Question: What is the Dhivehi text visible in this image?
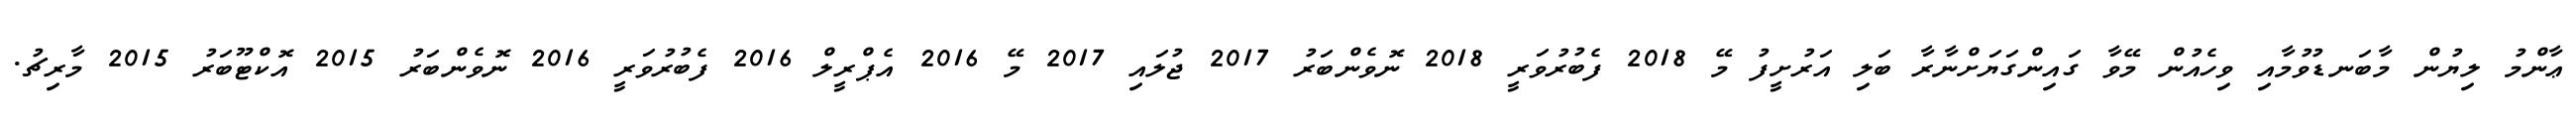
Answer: ޢާންމު ލިޔުން މާބަނޑުވުމާއި ވިހެއުން މޭވާ ގައިންގަޔަށްނާރާ ބަލި އަރުށީފު މޭ 2018 ފެބުރުވަރީ 2018 ނޮވެންބަރު 2017 ޖުލައި 2017 މޭ 2016 އެޕްރީލް 2016 ފެބުރުވަރީ 2016 ނޮވެންބަރު 2015 އޮކްޓޫބަރު 2015 މާރިޗު.